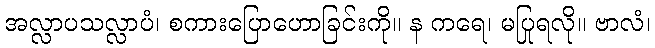
အလ္လာပသလ္လာပံ၊ စကားပြောဟောခြင်းကို။ န ကရေ၊ မပြုရလို။ ဗာလံ၊